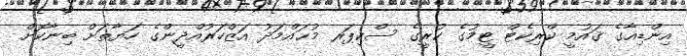
އިންޑިއާގެ ޤައުމީ ކްރިކެޓް ޓީމުގެ ކުރީގެ ސްކިޕަރ މުޙައްމަދު އަޒްހަރުއްދީންގެ ހަޔާތަށް ބިނާކޮށް